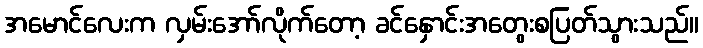
အမောင်လေးက လှမ်းအော်လိုက်တော့ ခင်နှောင်းအတွေးစပြတ်သွားသည်။